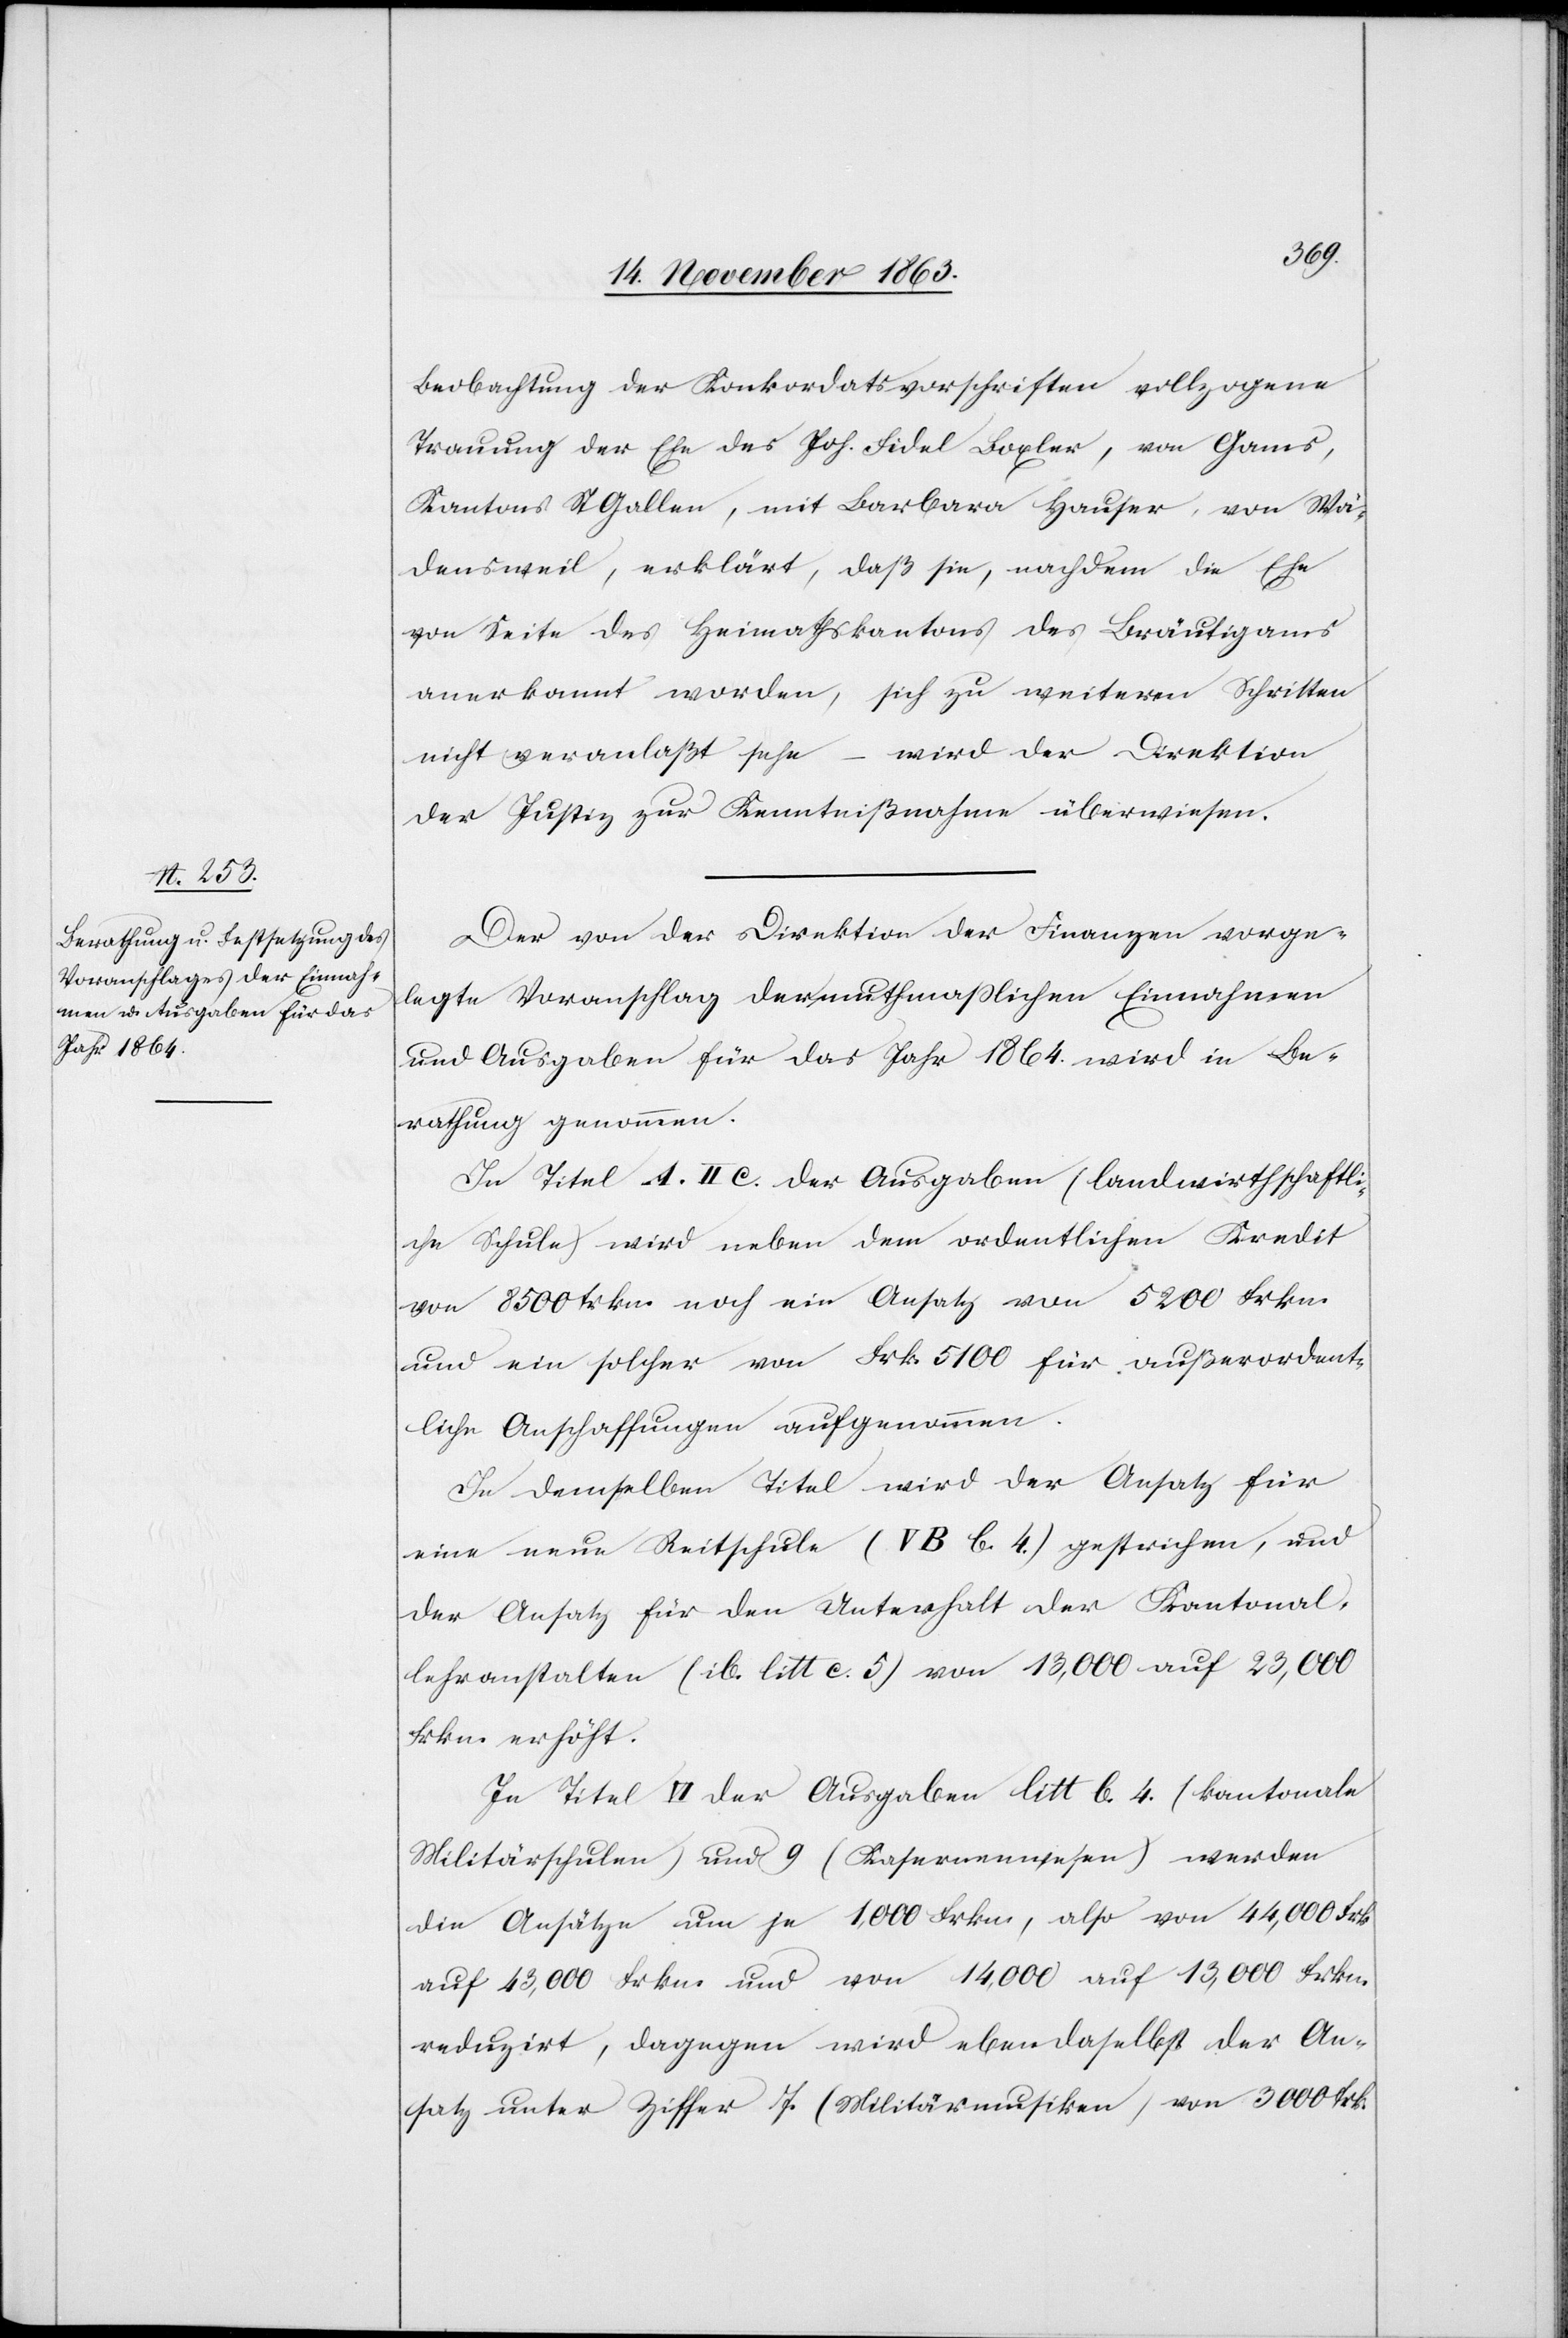
Beobachtung der Konkordatsvorschriften vollzogene
Trauung der Ehe des Joh. Fidel Boxler, von Gams,
Kantons St Gallen, mit Barbara Hauser, von Wä¬
densweil, erklärt, daß sie, nachdem die Ehe
von Seite des Heimathskantons des Bräutigams
anerkannt worden, sich zu weiteren Schritten
nicht veranlaßt sehe – wird der Direktion
der Justiz zur Kenntnißnahme überwiesen.
Der von der Direktion der Finanzen vorge¬
legte Voranschlag der muthmasslichen Einnahmen
und Ausgaben für das Jahr 1864. wird in Be¬
rathung genommen.
In Titel A II c. der Ausgaben (landwirthschaftli¬
che Schule) wird neben dem ordentlichen Kredit
von 8500 frkn. noch ein Ansatz von 5200 Frkn.
und ein solcher von Frk. 5100 für außerordent¬
liche Anschaffungen aufgenommen.
In demselben Titel wird der Ansatz für
eine neue Reitschule (V B b. 4.) gestrichen, und
der Ansatz für den Unterhalt der Kantonal¬
lehranstalten (ib. litt c. 5) von 13,000 auf 23,000
frkn. erhöht.
In Titel VI der Ausgaben litt b. 4. (kantonale
Militärschulen) und 9 (Kasernenwesen) werden
die Ansätze um je 1,000 Frkn., also von 44,000 Frk
auf 43,000 Frkn. und von 14,000 auf 13,000 Frkn.
reduzirt, dagegen wird eben daselbst der An¬
satz unter Ziffer 7 (Militärmusiken) von 3000 frk.